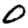
Digit: 0